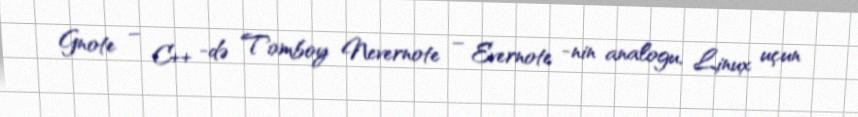
Gnote – C++ -də Tomboy Nevernote – Evernote -nin analogu, Linux uçun